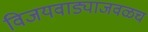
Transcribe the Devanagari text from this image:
विजयवाड्याजवळच